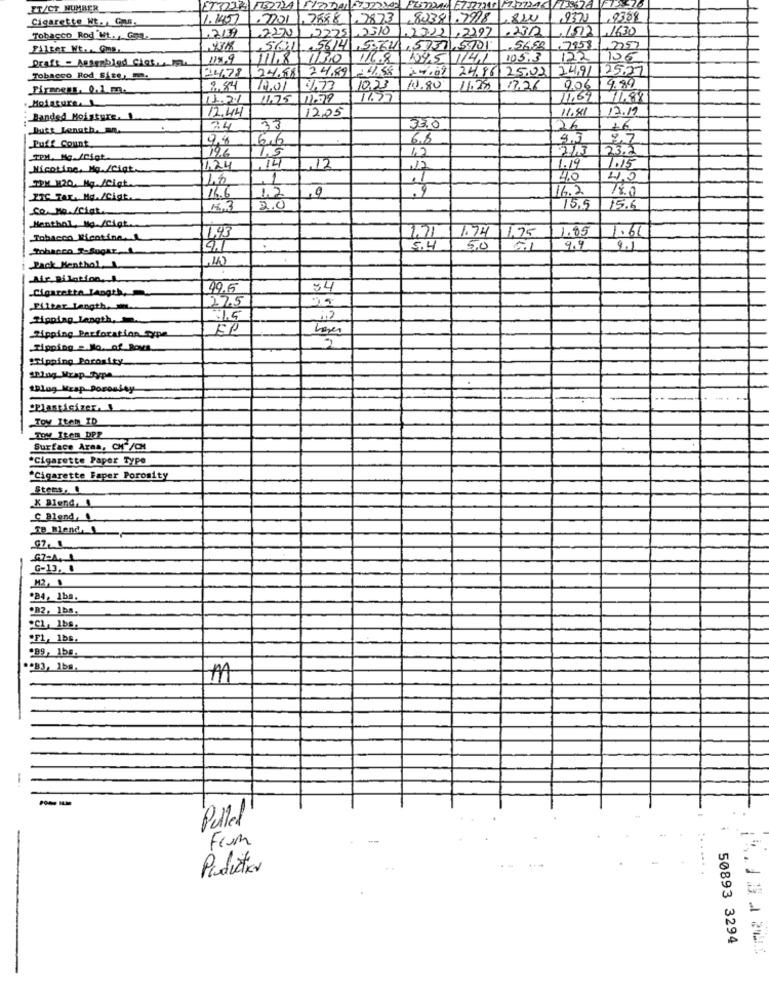
IT/CT NUMBER
Cigarette Nt. , Can,
1.457
.77011,7888 1,7873 ,80381.7978 -820
,937)
2199
2270) 2225 -2310
1.23221,2297
.232
,1512
.1430
Tobacco Rod Ht. , Go.
Filter Wt. . @ms ..
561 .5614 ,5364 ,5737,5901
.7958
25
Draft - Assembled Cick. IL.
115/9
116.8
1345 1141
105.3
122
106
24.78
24,88 74.89
14.08 24.86 25.02 24.91
125.27
Tobacco Rod Sise, m.
4.89
Firmness, 0.1.20.
8.84
10.01
4.73
10,23
1.80
11.25
9,06
Moisture.
11.21
11.75
11.97
11.69
11.88
12.44
11.81
17.19
Banded Moisture. 1
12.05
Butt Length. m.
24
33
33.0
26
+6
Puff Count
0,4
6,6
93
27
4.5
2/3
23.2
TPM. MG./Digt
196
1.2
Nicotine. Ma./Cigt.
1.24
,14
,12
17
1.19
1.15
TOM H20. Mg./Cigt.
4.0
4.0
16.2
PTC TAL Mg. /Cigt.
14.6
12
1.3
2.0
15.5
15.
Menthal, Mig./Cigt.
1.74
1.85
1.61
Tobacco Mientine.L
1495
1.71
475
Tobacco T-Sugar
5.4
5,0
9.9
9.1
,40
Pack Menthal.
Air Bilation. ...
.Cigarette Length,
49.15
34
225
Filter Length. .
Miopiag_Length. .
1.5
EP
Tipping Perforation Type
Tipping = No. of Rovs.
:Tipping Porosity.
aplog_Mrap_Type
1lug Mzap.Poroulay
Plasticizer. 1
Toy Item ID
TOM TROR DPP
Surface Area, CH"/CH
*Cigarette Paper Type
"Cigarette Faper Porosity
Stems,
K Blend, &
C Blend, 1
SB Blend. 1
G-13, .
M2, 1
.84, 1bs.
OB2, 1bs.
"CL, Ibs.
.F1, 1bs.
.99, 15s.
.B3, 1bs.
-
Pulled
From
50893 3294